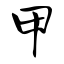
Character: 甲